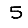
Digit: 5